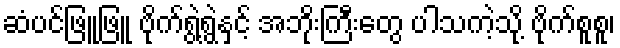
ဆံပင်ဖြူဖြူ ဗိုက်ရွဲ့ရွဲနှင့် အဘိုးကြီးတွေ ပါသကဲ့သို့ ဗိုက်စူစူ၊